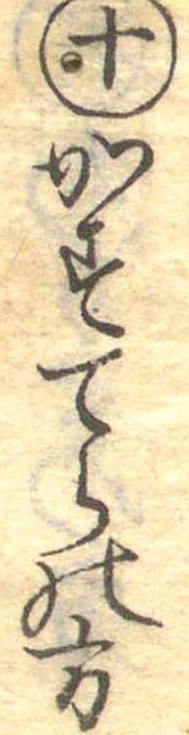
十かすてらの方